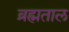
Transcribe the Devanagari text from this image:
ब्रह्मताल